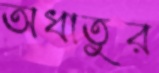
অধাতুর